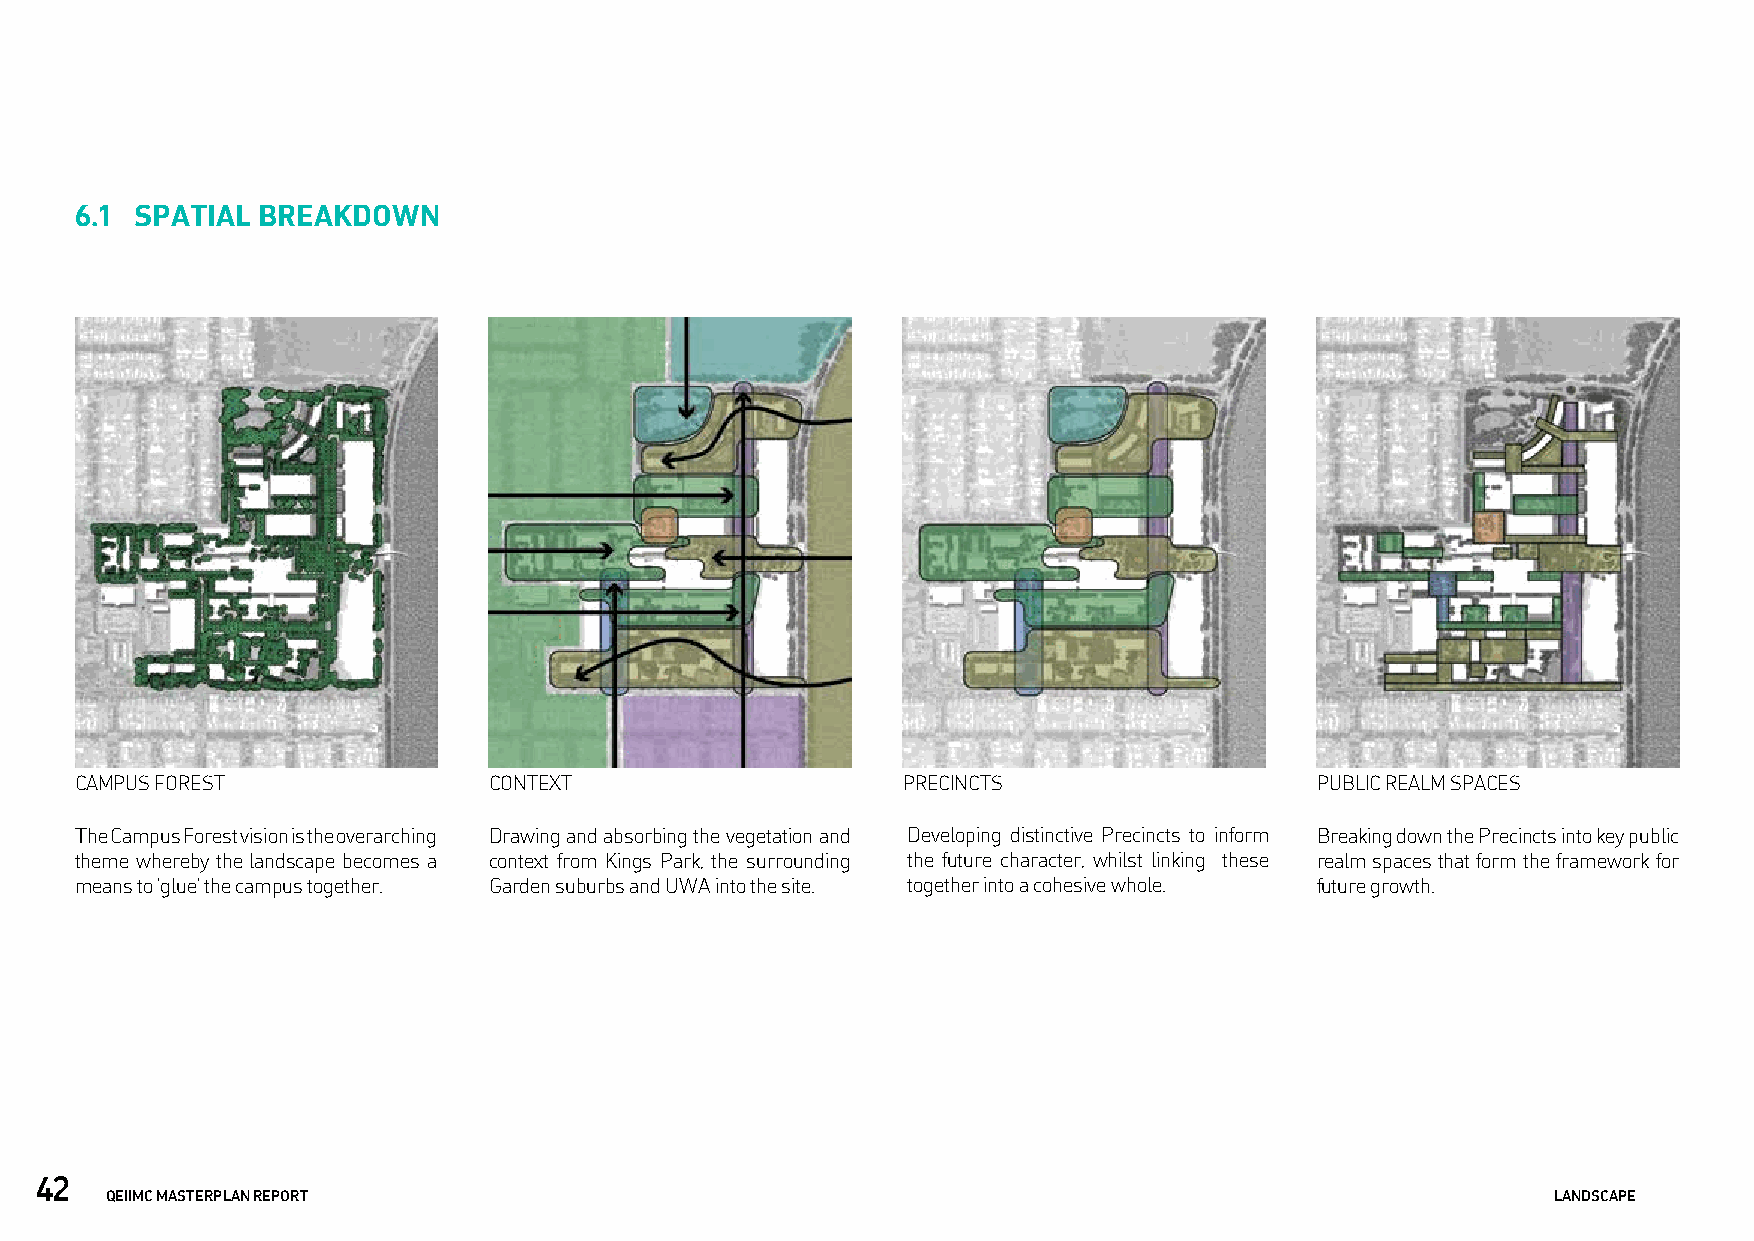
6.1 SPATIAL BREAKDOWN
 CAMPUS FOREST              CONTEXT                     PRECINCTS                  PUBLIC REALM SPACES
 The Campus Forest vision is the overarching Drawing and absorbing the vegetation and Developing distinctive Precincts to inform Breaking down the Precincts into key public
 theme whereby the landscape becomes a context from Kings Park, the surrounding the future character, whilst linking these realm spaces that form the framework for
 means to ‘glue’ the campus together. Garden suburbs and UWA into the site. together into a cohesive whole. future growth.
 42
 QEIIMC MASTERPLAN REPORT                                                                        LANDSCAPE